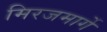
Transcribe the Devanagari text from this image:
मिरजमार्गे